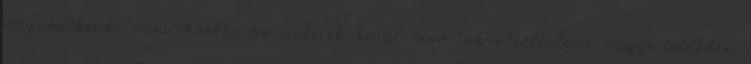
megnövekszik, mindeközben az ízületek körül lévő tok vérellátása nagymértékben